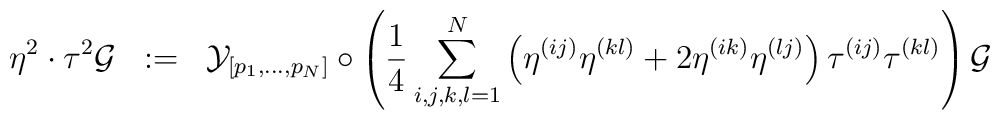
\eta^2 \cdot \tau^2 {\cal{G}} \;\; :=\;\; {\cal{Y}}_{[ p_1 ,..., p_N ]} \circ \left( {1 \over 4} \sum_{i,j,k,l =1}^{N} \left( \eta^{(ij)} \eta^{(kl)} + 2 \eta^{(ik)} \eta^{(lj)} \right) \tau^{(ij)} \tau^{(kl)} \right) {\cal{G}}